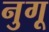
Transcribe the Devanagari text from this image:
नुगू